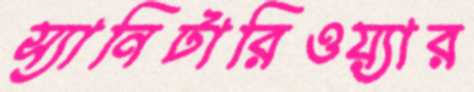
স্যানিটারিওয়্যার